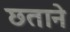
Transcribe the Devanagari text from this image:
छताने